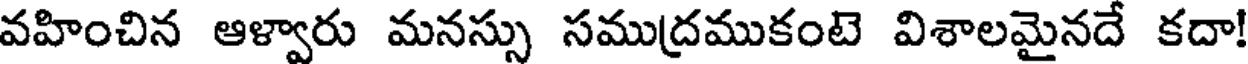
వహించిన ఆళ్వారు మనస్సు సముద్రముకంటె విశాలమైనదే కదా!